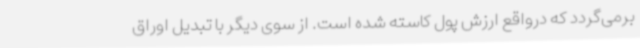
برمی‌گردد که درواقع ارزش پول کاسته شده است. از سوی دیگر با تبدیل اوراق